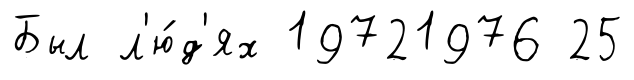
Был л'ю́д'ях 19721976 25